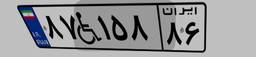
۸۷W۱۵۸۸۶